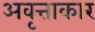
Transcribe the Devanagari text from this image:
अवृत्ताकार